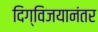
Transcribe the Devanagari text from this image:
दिग्विजयानंतर